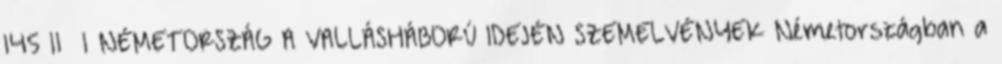
145 11 1 NÉMETORSZÁG A VALLÁSHÁBORÚ IDEJÉN SZEMELVÉNYEK Németországban a